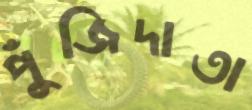
পুঁজিদাতা